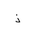
Letter: _thal